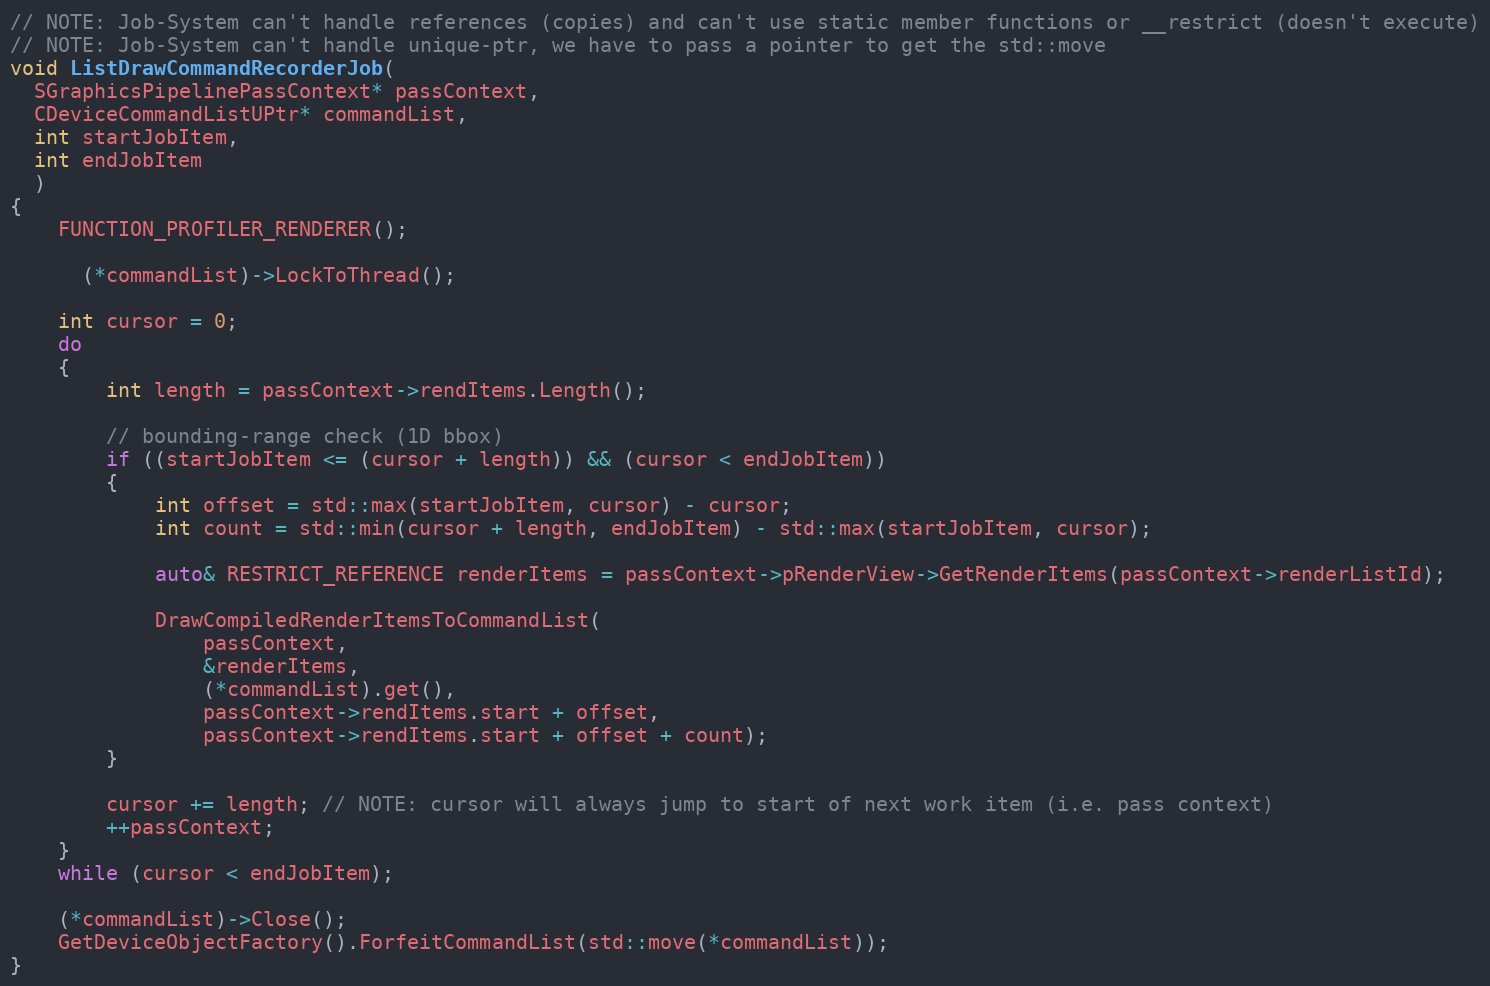
Language: C++
// NOTE: Job-System can't handle references (copies) and can't use static member functions or __restrict (doesn't execute)
// NOTE: Job-System can't handle unique-ptr, we have to pass a pointer to get the std::move
void ListDrawCommandRecorderJob(
  SGraphicsPipelinePassContext* passContext,
  CDeviceCommandListUPtr* commandList,
  int startJobItem,
  int endJobItem
  )
{
	FUNCTION_PROFILER_RENDERER();

	  (*commandList)->LockToThread();

	int cursor = 0;
	do
	{
		int length = passContext->rendItems.Length();

		// bounding-range check (1D bbox)
		if ((startJobItem <= (cursor + length)) && (cursor < endJobItem))
		{
			int offset = std::max(startJobItem, cursor) - cursor;
			int count = std::min(cursor + length, endJobItem) - std::max(startJobItem, cursor);

			auto& RESTRICT_REFERENCE renderItems = passContext->pRenderView->GetRenderItems(passContext->renderListId);

			DrawCompiledRenderItemsToCommandList(
				passContext,
				&renderItems,
				(*commandList).get(),
				passContext->rendItems.start + offset,
				passContext->rendItems.start + offset + count);
		}

		cursor += length; // NOTE: cursor will always jump to start of next work item (i.e. pass context)
		++passContext;
	}
	while (cursor < endJobItem);

	(*commandList)->Close();
	GetDeviceObjectFactory().ForfeitCommandList(std::move(*commandList));
}